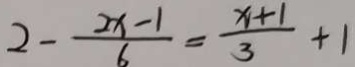
2 - \frac { 2 x - 1 } { 6 } = \frac { x + 1 } { 3 } + 1